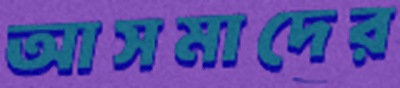
আসমাদের